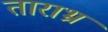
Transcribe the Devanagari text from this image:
ताराभ्र